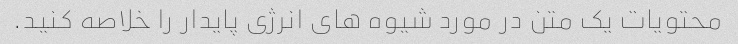
محتویات یک متن در مورد شیوه های انرژی پایدار را خلاصه کنید.